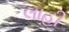
લાહી